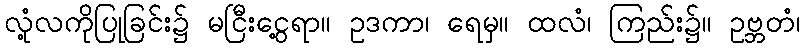
လုံ့လကိုပြုခြင်း၌ မငြီးငွေ့ရာ။ ဥဒကာ၊ ရေမှ။ ထလံ၊ ကြည်း၌။ ဥဗ္ဘတံ၊